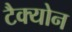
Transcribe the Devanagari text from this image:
टैक्योन